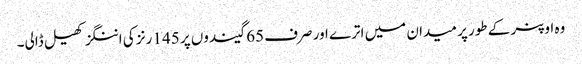
وہ اوپنر کے طور پر میدان میں اترے اور صرف 65 گیندوں پر 145 رنز کی اننگز کھیل ڈالی۔